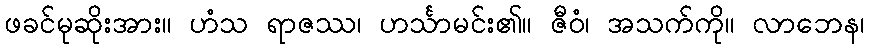
ဖခင်မုဆိုးအား။ ဟံသ ရာဇဿ၊ ဟင်္သာမင်း၏။ ဇီဝံ၊ အသက်ကို။ လာဘေန၊